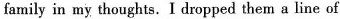
family in my thoughts. I dropped them a line of